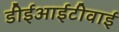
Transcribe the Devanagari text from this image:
डीईआईटीवाई